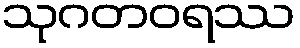
သုဂတဝရဿ